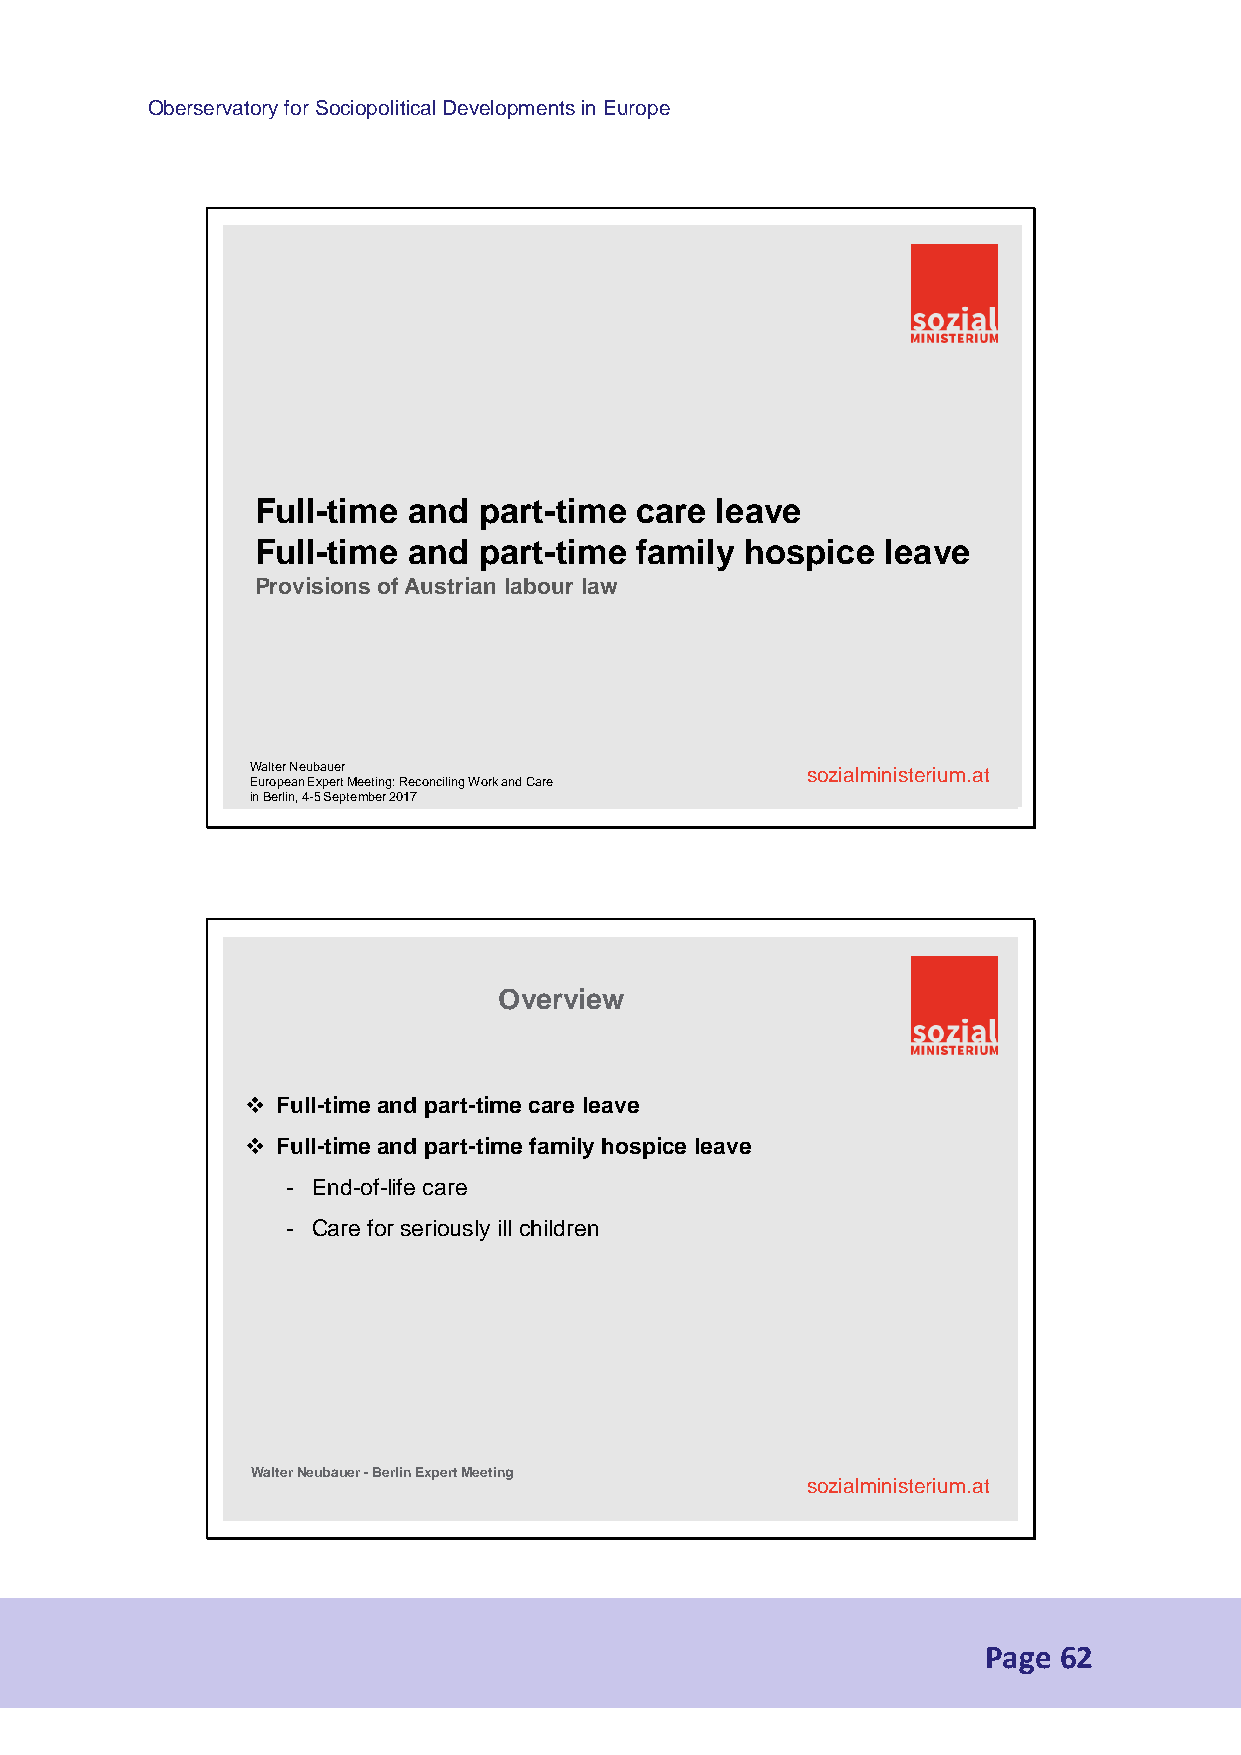
Oberservatory for Sociopolitical Developments in Europe
 Full-time and  part-time care leave
 Full-time and  part-time family hospice   leave
 Provisions of Austrian labour law
 Walter Neubauer                     ssoozziiaallmmiinniisstteerriiuumm..aatt
 European Expert Meeting: Reconciling Work and Care
 in Berlin, 4-5 September 2017
 Overview
  Full-time and part-time care leave
  Full-time and part-time family hospice leave
 - End-of-life care
 - Care for seriously ill children
 Walter Neubauer -Berlin Expert Meeting
 sozialministerium.at
 Page 62